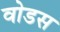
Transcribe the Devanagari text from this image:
वोडस